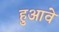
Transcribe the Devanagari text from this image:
हुआवे